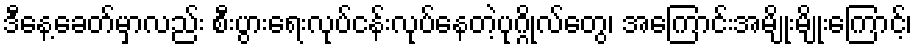
ဒီနေ့ခေတ်မှာလည်း စီးပွားရေးလုပ်ငန်းလုပ်နေတဲ့ပုဂ္ဂိုလ်တွေ၊ အကြောင်းအမျိုးမျိုးကြောင့်၊